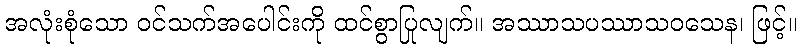
အလုံးစုံသော ဝင်သက်အပေါင်းကို ထင်စွာပြုလျက်။ အဿာသပဿာသဝသေန၊ ဖြင့်။